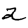
Digit: 2